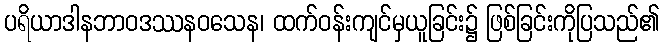
ပရိယာဒါနဘာဝဒဿနဝသေန၊ ထက်ဝန်းကျင်မှယူခြင်း၌ ဖြစ်ခြင်းကိုပြသည်၏